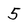
Character: 5